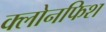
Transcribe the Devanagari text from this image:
क्लोनफिश